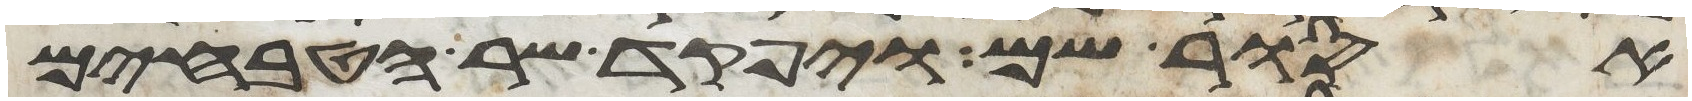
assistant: אסור שם ויפקד שר הטבחים